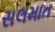
સલમાત